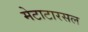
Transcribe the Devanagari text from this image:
मेटाटारसल